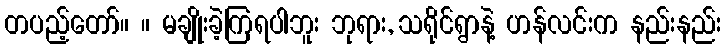
တပည့်တော်။ ။ မချိုးခဲ့ကြရပါဘူး ဘုရား, သရိုင်ရွာနဲ့ ဟန်လင်းက နည်းနည်း